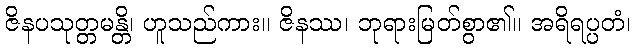
ဇိနပသုတ္တမန္တိ၊ ဟူသည်ကား။ ဇိနဿ၊ ဘုရားမြတ်စွာ၏။ အရိရပ္ပတံ၊